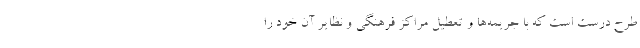
طرح درست است که با جریمه‌ها و تعطیل مراکز فرهنگی و نظایر آن خود را